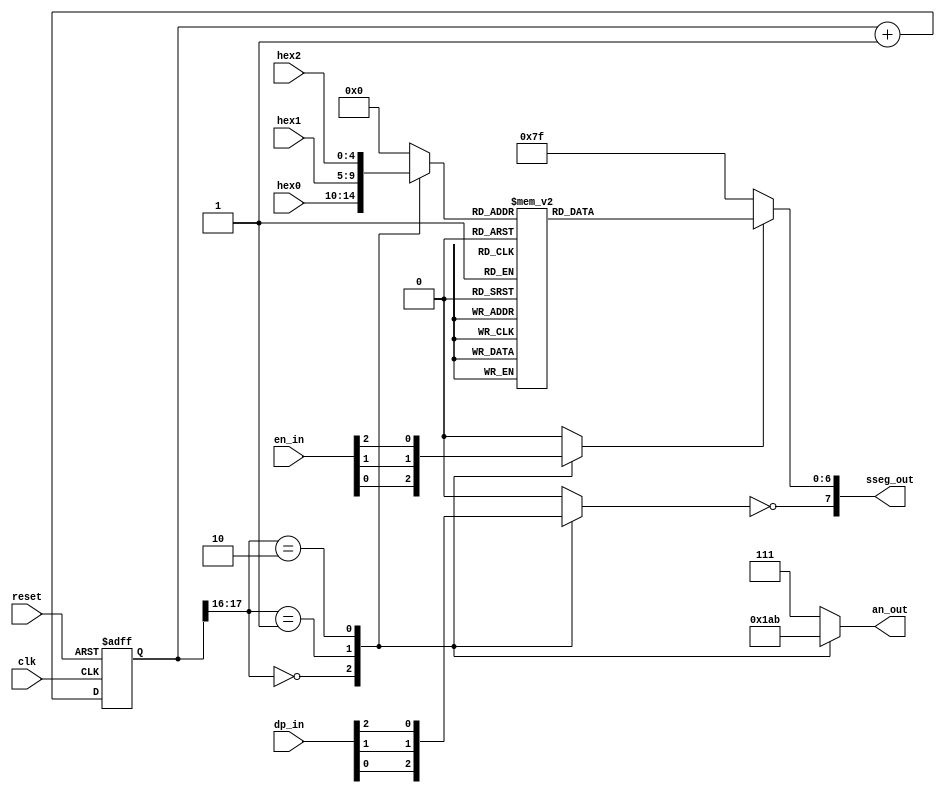
// Created by Jeevaka Dassanayake on 5/27/18.
//   Copyright (c) 2018 Jeevaka Dassanayake.

// Listing 4.15
module DispHexMux ( input wire clk, reset, input wire [4:0] hex2, hex1, hex0, input wire [2:0] dp_in, input wire [2:0] en_in,
    output wire [2:0] an_out, output wire [7:0] sseg_out );

   // constant declaration
   // refreshing rate around 800 Hz (50 MHz/2^16)
   localparam N = 18;
   // internal signal declaration
   reg [N-1:0] q_reg;
   wire [N-1:0] q_next;
   reg [4:0] hex_in;
   reg dp;
	reg en;
   reg [2:0] an;  // enable 1-out-of-3 asserted low
   reg [7:0] sseg; // led segments

   // N-bit counter
   // register
   always @(posedge clk, posedge reset)
      if (reset)
         q_reg <= 0;
      else
         q_reg <= q_next;

   // next-state logic
   assign q_next = q_reg + 1;

   // 2 MSBs of counter to control 4-to-1 multiplexing
   // and to generate active-low enable signal
   always @*
      case (q_reg[N-1:N-2])
         3'b00:
            begin
               an =  3'b110;
               hex_in = hex0;
               dp = dp_in[0];
					en = en_in[0];
            end
         2'b01:
            begin
               an =  3'b101;
               hex_in = hex1;
               dp = dp_in[1];
					en = en_in[1];
            end
         2'b10:
            begin
               an =  3'b011;
               hex_in = hex2;
               dp = dp_in[2];
					en = en_in[2];
            end
         default:
				begin
					an = 3'b111;
               hex_in = 5'b00000;
               dp = 1'b0;
					en = 1'b0;
				end
       endcase

   // hex to seven-segment led display
   always @*
   begin
		if( en )
			case(hex_in)
				5'b00000: sseg[6:0] = 7'b0000001;
				5'b00001: sseg[6:0] = 7'b1001111;
				5'b00010: sseg[6:0] = 7'b0010010;
				5'b00011: sseg[6:0] = 7'b0000110;
				5'b00100: sseg[6:0] = 7'b1001100;
				5'b00101: sseg[6:0] = 7'b0100100;
				5'b00110: sseg[6:0] = 7'b0100000;
				5'b00111: sseg[6:0] = 7'b0001111;
				5'b01000: sseg[6:0] = 7'b0000000;
				5'b01001: sseg[6:0] = 7'b0000100;
				5'b01010: sseg[6:0] = 7'b0001000;
				5'b01011: sseg[6:0] = 7'b1100000;
				5'b01100: sseg[6:0] = 7'b0110001;
				5'b01101: sseg[6:0] = 7'b1000010;
				5'b01110: sseg[6:0] = 7'b0110000;
				5'b01111: sseg[6:0] = 7'b0111000;
				// None-hex cases
				5'b10000: sseg[6:0] = 7'b1000001;			// Letter U
				5'b10001: sseg[6:0] = 7'b1111110;  // Dash  / -ve sign
				5'b10010: sseg[6:0] = 7'b1111111;  // Blank
				5'b10011: sseg[6:0] = 7'b0001001;	// Letter N
				5'b10100: sseg[6:0] = 7'b1100010;	// Letter o
				5'b10101: sseg[6:0] = 7'b0011100;	// Letter o (upper)
				5'b10110: sseg[6:0] = 7'b1111001;	// Letter l (on left)
				5'b10111: sseg[6:0] = 7'b1001001;	// Double l
				default: sseg[6:0] = 7'b1111100;  // Dash / -ve sign
		  endcase
		else
			sseg[6:0] = 7'b1111111;
     sseg[7] = ~dp;
   end

	assign an_out = an;
	assign sseg_out = sseg;

endmodule